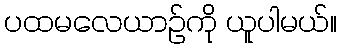
ပထမလေယာဉ်ကို ယူပါမယ်။